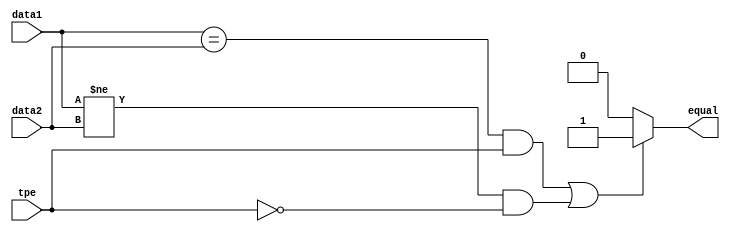
module Compare(data1,data2,equal,tpe);
	input [31:0]data1;
	input [31:0]data2;
	input tpe;
	output equal;

	

	assign equal=((data1==data2&&tpe)||(data1!=data2&&~tpe))?1'b1:1'b0;
endmodule